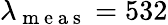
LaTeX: \lambda_{\mathrm{~m~e~a~s~}}=532